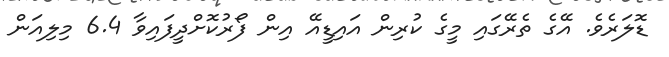
ޑޮލަރެވެ. އޭގެ ތެރޭގައި މީގެ ކުރިން އައިޑީއޭ އިން ފޯރުކޮށްދީފައިވާ 6.4 މިލިއަން